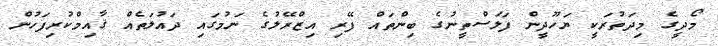
މޯދީގެ މިދަތުރަކީ ޔަހޫދީން ފަލަސްތީނުގެ ބިންތައް ފޭރި އިޒްރޭލުގެ ނަމުގައި ދައުލަތެއް ޤާއިމްކުރިފަހުން